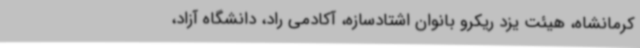
کرمانشاه، هیئت یزد ریکرو بانوان اشتادسازه، آکادمی راد، دانشگاه آزاد،